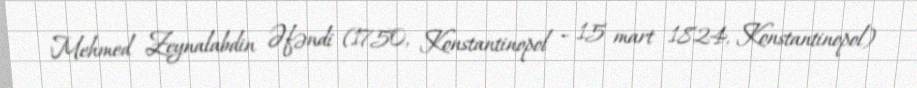
Mehmed Zeynalabdin Əfəndi (1750, Konstantinopol – 15 mart 1824, Konstantinopol)